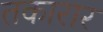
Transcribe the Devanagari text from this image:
तकारार